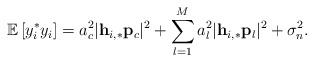
\begin{align*} \mathbb{E}\left[y_i^* y_i\right]=a_c^2\lvert\mathbf{h}_{i,*}\mathbf{p}_c\rvert^2+\sum_{l=1}^M a_l^2\lvert\mathbf{h}_{i,*}\mathbf{p}_l\rvert^2+\sigma_n^2.\end{align*}